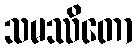
သမဿိတော